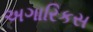
અગારિકસ